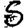
Digit: 5